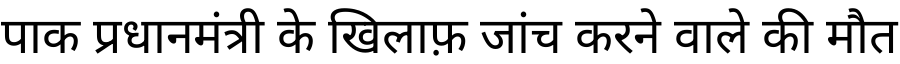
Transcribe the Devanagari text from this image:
पाक प्रधानमंत्री के खिलाफ़ जांच करने वाले की मौत